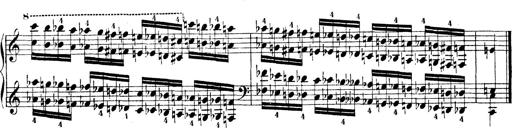
Title: Technische Studien
Composer: Franz Liszt